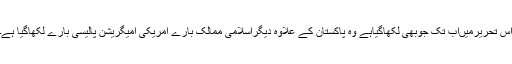
اس تحریرمیںاب تک جوبھی لکھاگیاہے وہ پاکستان کے علاوہ دیگراسلامی ممالک بارے امریکی امیگریشن پالیسی بارے لکھاگیا ہے۔